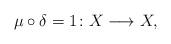
LaTeX: \begin{align*} \mu \circ \delta = 1\colon X \longrightarrow X,\end{align*}